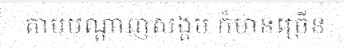
តាមបណ្តាញសង្គម ក៏មានច្រើន